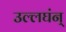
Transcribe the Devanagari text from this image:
उल्लघंन्